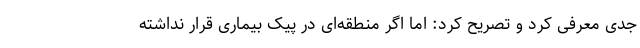
جدی معرفی کرد و تصریح کرد: اما اگر منطقه‌ای در پیک بیماری قرار نداشته